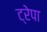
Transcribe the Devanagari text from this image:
ट्रेपा